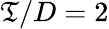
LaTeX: \mathfrak{T}/D=2